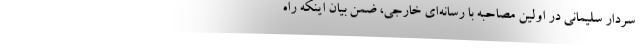
سردار سلیمانی در اولین مصاحبه با رسانه‌ای خارجی، ضمن بیان اینکه راه